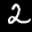
Label: 2